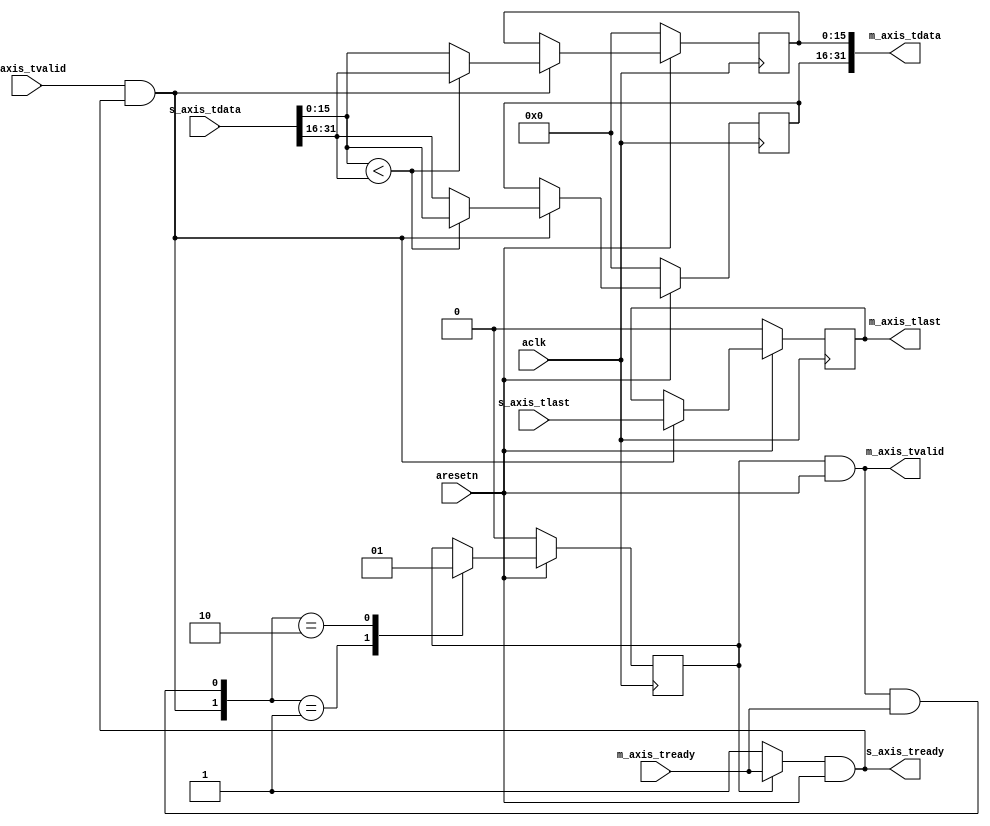
`timescale 1ns / 1ps
//////////////////////////////////////////////////////////////////////////////////
// Company: 
// 
// Design Name: 
// Module Name: axis_bitonic_comp
// Project Name: axis_bitonic_sort
// Target Devices:
// Tool Versions:
// Description:
// Dependencies:
// Revision:
// Revision 0.01 - File Created
// Additional Comments:
// License: MIT
//  Copyright (c) 2019 Dmitry Matyunin
//  Permission is hereby granted, free of charge, to any person obtaining a copy
//  of this software and associated documentation files (the "Software"), to deal
//  in the Software without restriction, including without limitation the rights
//  to use, copy, modify, merge, publish, distribute, sublicense, and/or sell
//  copies of the Software, and to permit persons to whom the Software is
//  furnished to do so, subject to the following conditions:
//
//  The above copyright notice and this permission notice shall be included in
//  all copies or substantial portions of the Software.
//
//  THE SOFTWARE IS PROVIDED "AS IS", WITHOUT WARRANTY OF ANY KIND, EXPRESS OR
//  IMPLIED, INCLUDING BUT NOT LIMITED TO THE WARRANTIES OF MERCHANTABILITY
//  FITNESS FOR A PARTICULAR PURPOSE AND NONINFRINGEMENT. IN NO EVENT SHALL THE
//  AUTHORS OR COPYRIGHT HOLDERS BE LIABLE FOR ANY CLAIM, DAMAGES OR OTHER
//  LIABILITY, WHETHER IN AN ACTION OF CONTRACT, TORT OR OTHERWISE, ARISING FROM,
//  OUT OF OR IN CONNECTION WITH THE SOFTWARE OR THE USE OR OTHER DEALINGS IN
//  THE SOFTWARE.
// 
//////////////////////////////////////////////////////////////////////////////////

module axis_bitonic_comp #(
	parameter DATA_WIDTH = 16,
	parameter POLARITY = 0,
	parameter SIGNED = 0
)
(
	input wire aclk,
	input wire aresetn,
	input wire [DATA_WIDTH*2-1:0]s_axis_tdata,
	input wire s_axis_tvalid,
	output wire s_axis_tready,
	input wire s_axis_tlast,
	output wire [DATA_WIDTH*2-1:0]m_axis_tdata,
	output wire m_axis_tvalid,
	input wire m_axis_tready,
	output wire m_axis_tlast
);

wire [DATA_WIDTH-1:0]a;
wire [DATA_WIDTH-1:0]b;
reg [DATA_WIDTH-1:0]h;
reg [DATA_WIDTH-1:0]l;
reg last;
reg op_done;
wire valid_i;
wire valid_o;
wire less;

assign valid_i = s_axis_tvalid & s_axis_tready;
assign valid_o = m_axis_tvalid & m_axis_tready;
assign s_axis_tready = (op_done ? m_axis_tready : 1'b1) & aresetn;
assign m_axis_tvalid = op_done & aresetn;
assign m_axis_tdata = {h,l};
assign m_axis_tlast = last;

assign a = s_axis_tdata[DATA_WIDTH*1-1-:DATA_WIDTH];
assign b = s_axis_tdata[DATA_WIDTH*2-1-:DATA_WIDTH];
assign less = (SIGNED == 0) ? ($unsigned(a) < $unsigned(b)) : $signed(a) < $signed(b);

always @(posedge aclk) begin
	if (aresetn == 1'b0) begin
		h <= 0;
		l <= 0;
		last <= 1'b0;
	end else begin
		if (valid_i == 1'b1) begin
			if (POLARITY == 0) begin
				h <= (less) ? a : b;
				l <= (less) ? b : a;
			end else begin
				h <= (less) ? b : a;
				l <= (less) ? a : b;
			end
			last <= s_axis_tlast;
		end
	end
end

always @(posedge aclk) begin
	if (aresetn == 1'b0) begin
		op_done <= 1'b0;
	end else begin
		case ({valid_i,valid_o})
		2'b01: op_done <= 1'b0;
		2'b10: op_done <= 1'b1;
		default: op_done <= op_done;
		endcase
	end
end	

endmodule